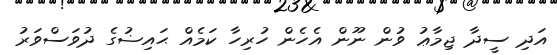
އަދި ސީދާ ޖިމާޢު ވުން ނޫން އެހެން ހުރިހާ ކަމެއް ޙައިޟުގެ ދުވަސްވަރު